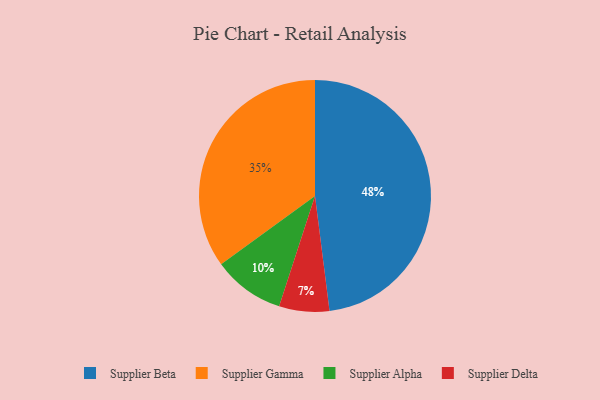
{"axis": {"x": "Category", "y": "Percentage"}, "legend": ["Supplier Alpha", "Supplier Beta", "Supplier Delta", "Supplier Gamma"], "data": [{"x": "Supplier Gamma", "y": 35, "type": "Supplier Gamma"}, {"x": "Supplier Delta", "y": 7, "type": "Supplier Delta"}, {"x": "Supplier Alpha", "y": 10, "type": "Supplier Alpha"}, {"x": "Supplier Beta", "y": 48, "type": "Supplier Beta"}]}